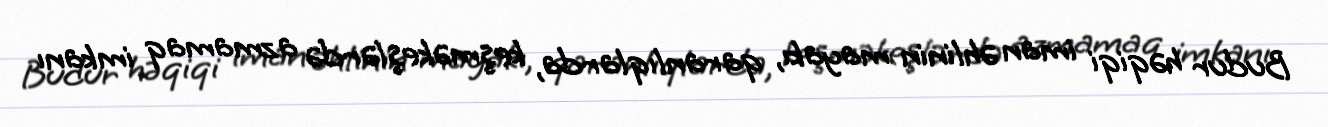
Budur həqiqi iman əhlinin mayakı, qaranlıqlarda, keşməkeşlərdə azmamaq imkanı